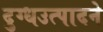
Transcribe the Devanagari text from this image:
दुग्धउत्पादने